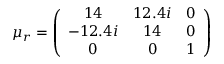
\mu _ { r } = \left( \begin{array} { c c c } { 1 4 } & { 1 2 . 4 i } & { 0 } \\ { - 1 2 . 4 i } & { 1 4 } & { 0 } \\ { 0 } & { 0 } & { 1 } \end{array} \right)